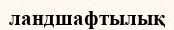
ландшафтылық